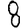
Digit: 8